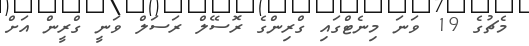
މެޗުގެ 19 ވަނަ މިނެޓްގައި ގްރިންގެ ރޮސޭލް ރަސަލް ވަނީ ގްރީން އަށް